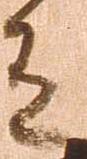
有